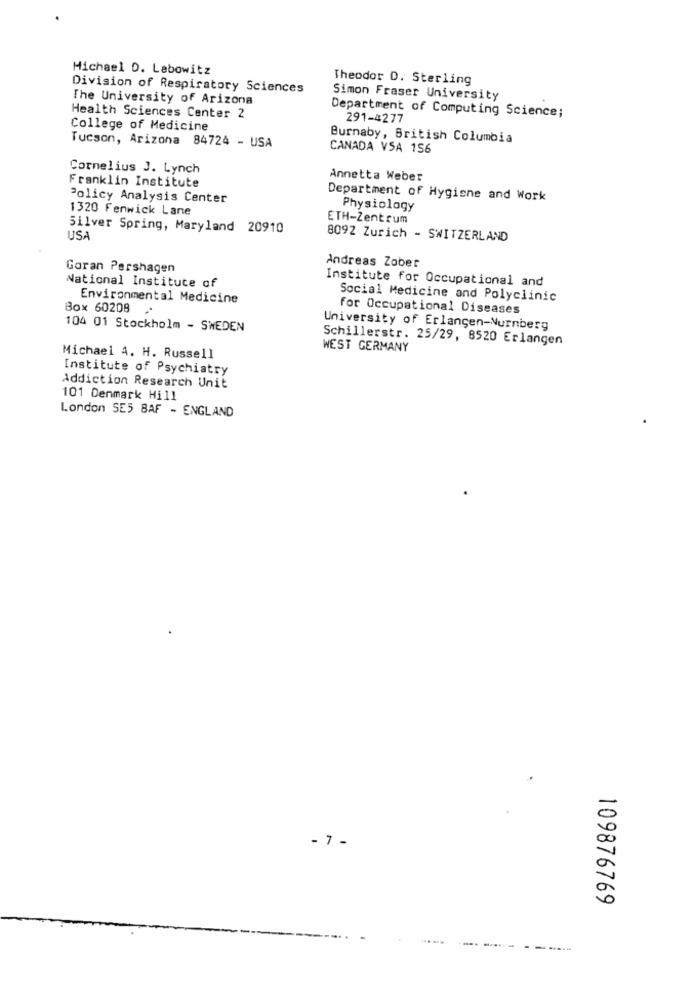
Michael D. Lebowitz
Theodor D. Sterling
Division of Respiratory Sciences
The University of Arizona
Simon Fraser University
Department of Computing Science;
Health Sciences Center 2
291-4277
College of Medicine
Tucson, Arizona 84724 - USA
Burnaby, British Columbia
CANADA VSA 156
Cornelius J. Lynch
Franklin Institute
Annetta Weber
Policy Analysis Center
Department of Hygiene and Work
1320 Fenwick Lane
Physiology
ETH-Zentrum
Silver Spring, Maryland 20910
USA
8092 Zurich - SWITZERLAND
Andreas Zober
Goran Pershagen
Institute for Occupational and
National Institute of
Environmental Medicine
Social Medicine and Polyclinic
Box 60208
for Occupational Diseases
104 01 Stockholm - SWEDEN
University of Erlangen-Nurnberg
Schillerstr. 25/29, 8520 Erlangen
WEST GERMANY
Michael A. H. Russell
Institute of Psychiatry
Addiction Research Unit
101 Denmark Hill
London SE5 BAF - ENGLAND
- 7-
109876769